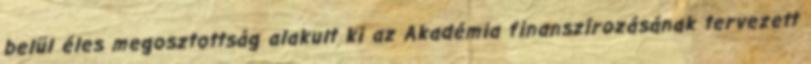
belül éles megosztottság alakult ki az Akadémia finanszírozásának tervezett